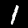
Digit: 1